Civil Veterinary Department. United Provinces 1932-42 - 1932-1942
Year: 1932
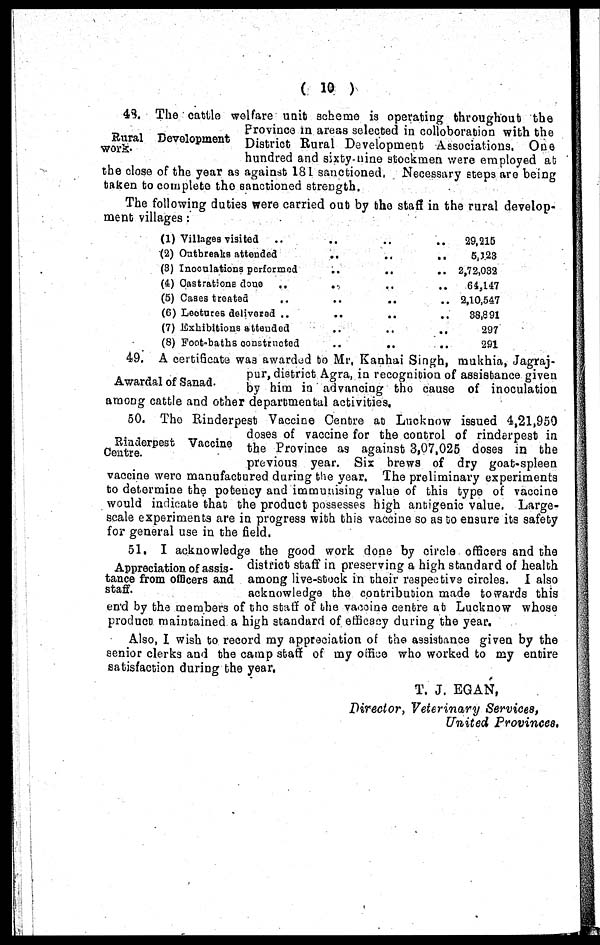
( 10 )
Rural Development
work.
43. The cattle welfare unit scheme is operating throughout the
Province in areas selected in colloboration with the
District Rural Development Associations. One
hundred and sixty-nine stockmen were employed at
the close of the year as against 181 sanctioned, Necessary steps are being
taken to complete the sanctioned strength.
The following duties were carried out by the staff in the rural develop-
ment villages :
(1) Villages visited
..
..
(2) Outbreaks attended
..
..
..
(3) Inoculations performed
..
..
..
(4) Castrations done
..
..
..
(5) Cases treated
..
..
..
..
(C) Lectures delivered ..
..
..
..
(7) Exhibitions attended
..
..
(8) Foot-baths
constrncted
..
..
..
29,215
5,123
2,72,032
64,147
2,10,547
38,891
297
291
Awardal of Sanad.
49. A certificate was awarded to Mr, Kanhai Singh, mukhia, Jagraj-
pur, district Agra, in recognition of assistance given
by him in advancing the cause of inoculation
among cattle and other departmental activities.
Rinderpest Vaccine
Centre.
50. The Rinderpest Vaccine Centre at Lucknow issued 4,21,950
doses of vaccine for the control of rinderpest in
the Province as against 3,07,025 doses in the
previous year. Six brews of dry goat-spleen
vaccine were manufactured during the year. The preliminary experiments
to determine the potency and immunising value of this type of vaccine
would indicate that the product possesses high antigenic value. Large-
scale experiments are in progress with this vaccine so as to ensure its safety
for general use in the field.
Appreciation of assis-
tance from officers and
staff.
51. I acknowledge the good work done by circle officers and the
district staff in preserving a high standard of health
among live-stock in their respective circles. I also
acknowledge the contribution made towards this
end by the members of the stuff of the vaccine centre at Lucknow whose
product maintained a high standard of efficacy during the year.
Also, I wish to record my appreciation of the assistance given by the
senior clerks and the camp staff of my office who worked to my entire
satisfaction during the year.
T. J. EGAN,
Director, Veterinary
Services,
United Provinces.